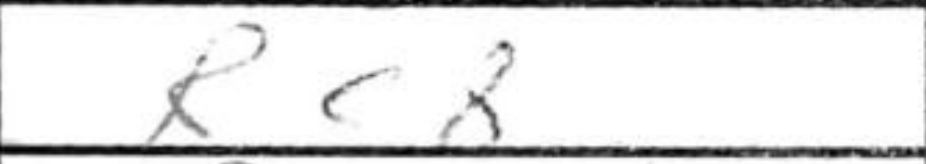
Transcription: Rc8